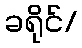
ခရိုင်/